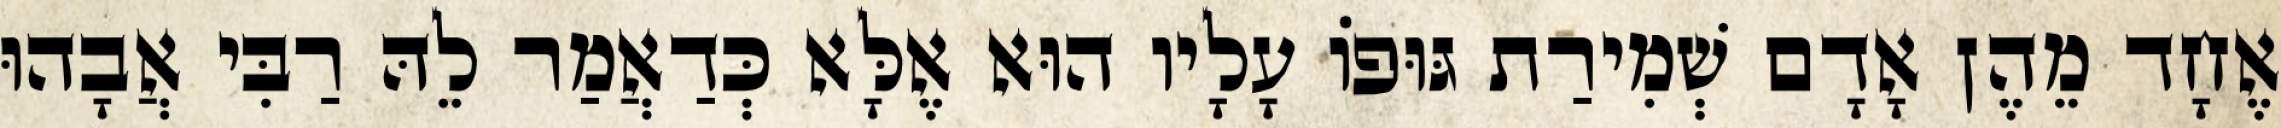
אֶחָד מֵהֶן אָדָם שְׁמִירַת גּוּפוֹ עָלָיו הוּא אֶלָּא כְּדַאֲמַר לֵהּ רַבִּי אֲבָהוּ